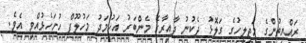
ރައްޔިތުންގެ މަޖިލީހުގެ ގަލޮޅު ދެކުނު ދާއިރާގެ މެންބަރު އަހުމަދު މަހުލޫފް ހުށަހެޅުއްވި އެވެ.